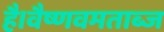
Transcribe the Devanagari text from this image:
है।वैष्णवमताब्ज